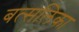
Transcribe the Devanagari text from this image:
बत्सलिका